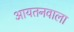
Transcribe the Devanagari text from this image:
आयतनवाला